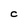
Character: C